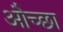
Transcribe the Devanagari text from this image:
औच्छा